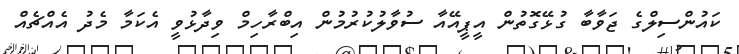
ކައުންސިލްގެ ޖަވާބާ ގުޅޭގޮތުން އީޕީއޭއާ ސުވާލުކުރުމުން އިބްރާހިމް ވިދާޅުވީ އެކަމާ މެދު އެއްޗެއް